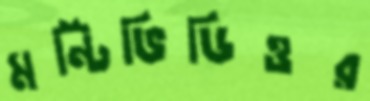
মন্টিভিডিওর